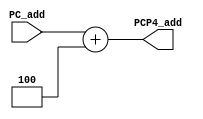
/*/////////////////////////////////////////////
 File: PC_adder.v
 Author: Manav Shah
 ----------------------------------------------

           
      
            
              
              
               
 ----------------------------------------------
                                    
 Copyright (c) 2024 MANAV SHAH
*//////////////////////////////////////////////

module PC_adder(PC_add,PCP4_add);

input [31:0]PC_add;

output [31:0]PCP4_add;

assign PCP4_add = PC_add + 32'd4;

endmodule